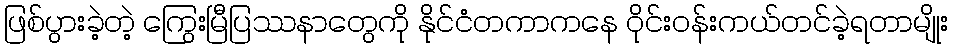
ဖြစ်ပွားခဲ့တဲ့ ကြွေးမြီပြဿနာတွေကို နိုင်ငံတကာကနေ ဝိုင်းဝန်းကယ်တင်ခဲ့ရတာမျိုး